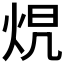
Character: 𤈋